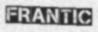
FRANTIC